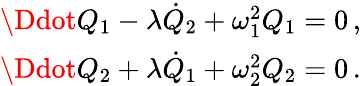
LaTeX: \begin{array}{r}{\Ddot{Q}_{1}-\lambda\dot{Q}_{2}+\omega_{1}^{2}Q_{1}=0\, ,}\\ {\Ddot{Q}_{2}+\lambda\dot{Q}_{1}+\omega_{2}^{2}Q_{2}=0\, .}\end{array}